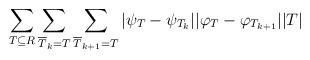
LaTeX: \begin{align*} \sum_{T\subseteq R}\sum_{\overline{T}_k=T}\sum_{\overline{T}_{k+1}=T}|\psi_{T} - \psi_{T_{k}}||\varphi_{T}- \varphi_{T_{k+1}}| |T| \end{align*}